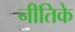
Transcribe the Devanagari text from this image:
नीतिके